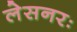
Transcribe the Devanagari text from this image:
लेसनरः